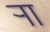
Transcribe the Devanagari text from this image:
र्‍ाा